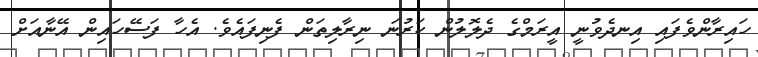
ހައިރާންވެފައި އިނދެވުނީ އީރަމްގެ ދެލޮލުން ކަރުނަ ނިރާލިތަން ފެނިފައެވެ. އެހާ ފަސޭހައިން އޭނާއަށް